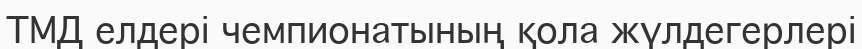
ТМД елдері чемпионатының қола жүлдегерлері